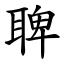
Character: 聛